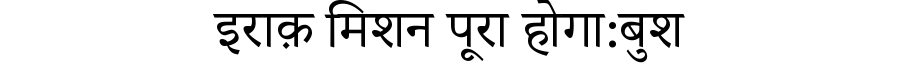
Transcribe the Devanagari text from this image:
इराक़ मिशन पूरा होगा:बुश